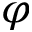
\varphi